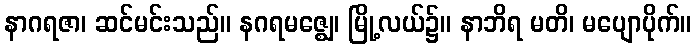
နာဂရဇာ၊ ဆင်မင်းသည်။ နဂရမဇ္ဈေ၊ မြို့လယ်၌။ နာဘိရ မတိ၊ မပျောပိုက်။